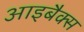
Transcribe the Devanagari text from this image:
आइबैक्स